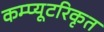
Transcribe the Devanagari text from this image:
कम्प्यूटरिकृत